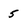
Character: 5